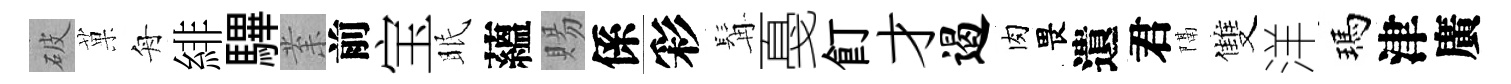
破菓舟緋驆𭪙前宝眠蘊賜係彩髯戞飣才遏肉畏遺君隔雙洋瑪津廣